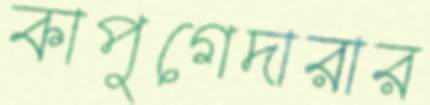
কাপুগেদারার